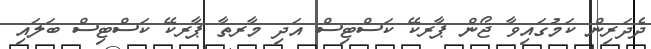
ދެދަރިން ކަމުގައިވާ ޖޯން ޕާރކޭ ކަސްޓިސް އަދި މާރތާ ޕާރކޭ ކަސްޓިސް ބަލައި